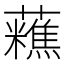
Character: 𧄝